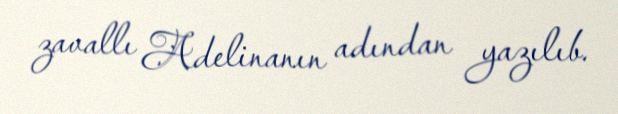
zavallı Adelinanın adından yazılıb.